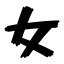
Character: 女